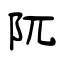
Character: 阢